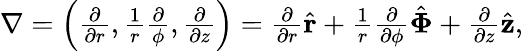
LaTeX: \begin{array}{r}{\nabla=\left(\frac{\partial}{\partial r},\frac{1}{r}\frac{\partial}{\phi},\frac{\partial}{\partial z}\right)=\frac{\partial}{\partial r}\hat{\mathbf r}+\frac{1}{r}\frac{\partial}{\partial\phi}\hat{\mathbf\Phi}+\frac{\partial}{\partial z}\hat{\mathbf z},}\end{array}